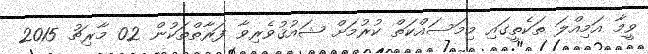
ވީމާ އަމިއްލަ ތަކެތީގައި މިމަސައްކަތް ކުރުމަށް ޝައުޤުވެރިވާ ފަރާތްތަކުން 02 މާރިޗު 2015